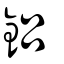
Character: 鋁